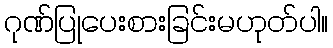
ဂုဏ်ပြုပေးစားခြင်းမဟုတ်ပါ။